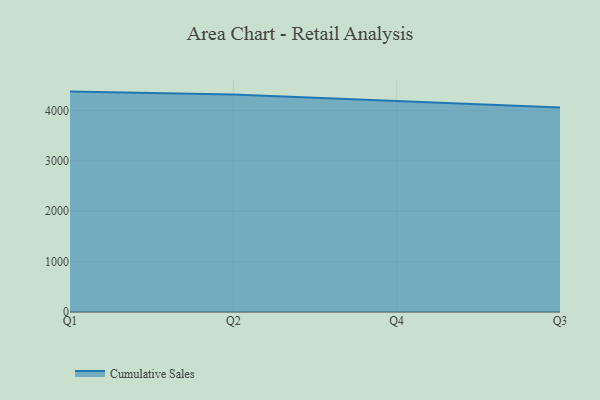
{"axis": {"x": "Quarter", "y": "Gross Profit (USD K)"}, "legend": ["Cumulative Sales"], "data": [{"x": "Q1", "y": 4376.4, "type": "Cumulative Sales"}, {"x": "Q2", "y": 4320.3, "type": "Cumulative Sales"}, {"x": "Q4", "y": 4189.4, "type": "Cumulative Sales"}, {"x": "Q3", "y": 4059.2, "type": "Cumulative Sales"}]}